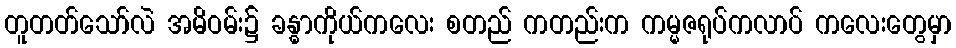
တူတတ်သော်လဲ အမိဝမ်း၌ ခန္ဓာကိုယ်ကလေး စတည် ကတည်းက ကမ္မဇရုပ်ကလာပ် ကလေးတွေမှာ